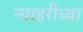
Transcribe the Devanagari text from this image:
न्याहरीच्या